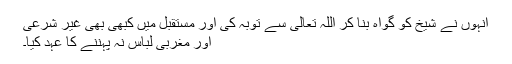
انہوں نے شیخ کو گواہ بنا کر اللہ تعالیٰ سے توبہ کی اور مستقبل میں کبھی بھی غیر شرعی
اور مغربی لباس نہ پہننے کا عہد کیا۔